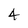
Character: 4